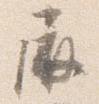
屏